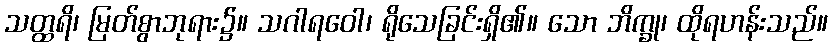
သတ္ထရိ၊ မြတ်စွာဘုရား၌။ သဂါရဝေါ၊ ရိုသေခြင်းရှိ၏။ သော ဘိက္ခု၊ ထိုရဟန်းသည်။